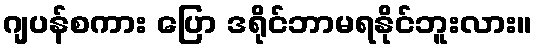
ဂျပန်စကား ပြော ဒရိုင်ဘာမရနိုင်ဘူးလား။